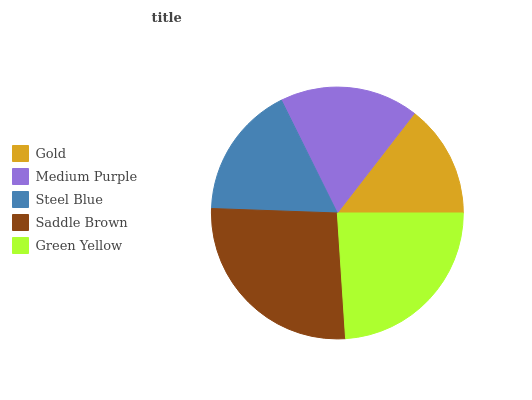
| Gold | Medium Purple | Steel Blue | Saddle Brown | Green Yellow |
 | --- | --- | --- | --- | --- |
 | 14.5% | 17.8% | 17% | 26.6% | 24% |